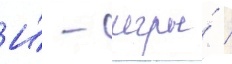
И́ - игры́ /